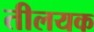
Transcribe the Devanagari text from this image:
तीलयक